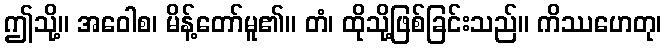
ဤသို့။ အဝေါစ၊ မိန့်တော်မူ၏။ တံ၊ ထိုသို့ဖြစ်ခြင်းသည်။ ကိဿဟေတု၊